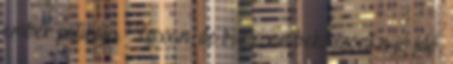
ember patikája. Lassan, de biztosan beköszönt a jó idő,